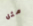
مثل